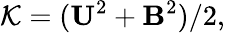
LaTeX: {\cal{K}}=({\mathbf{U}}^{2}+{\mathbf{B}}^{2})/2,